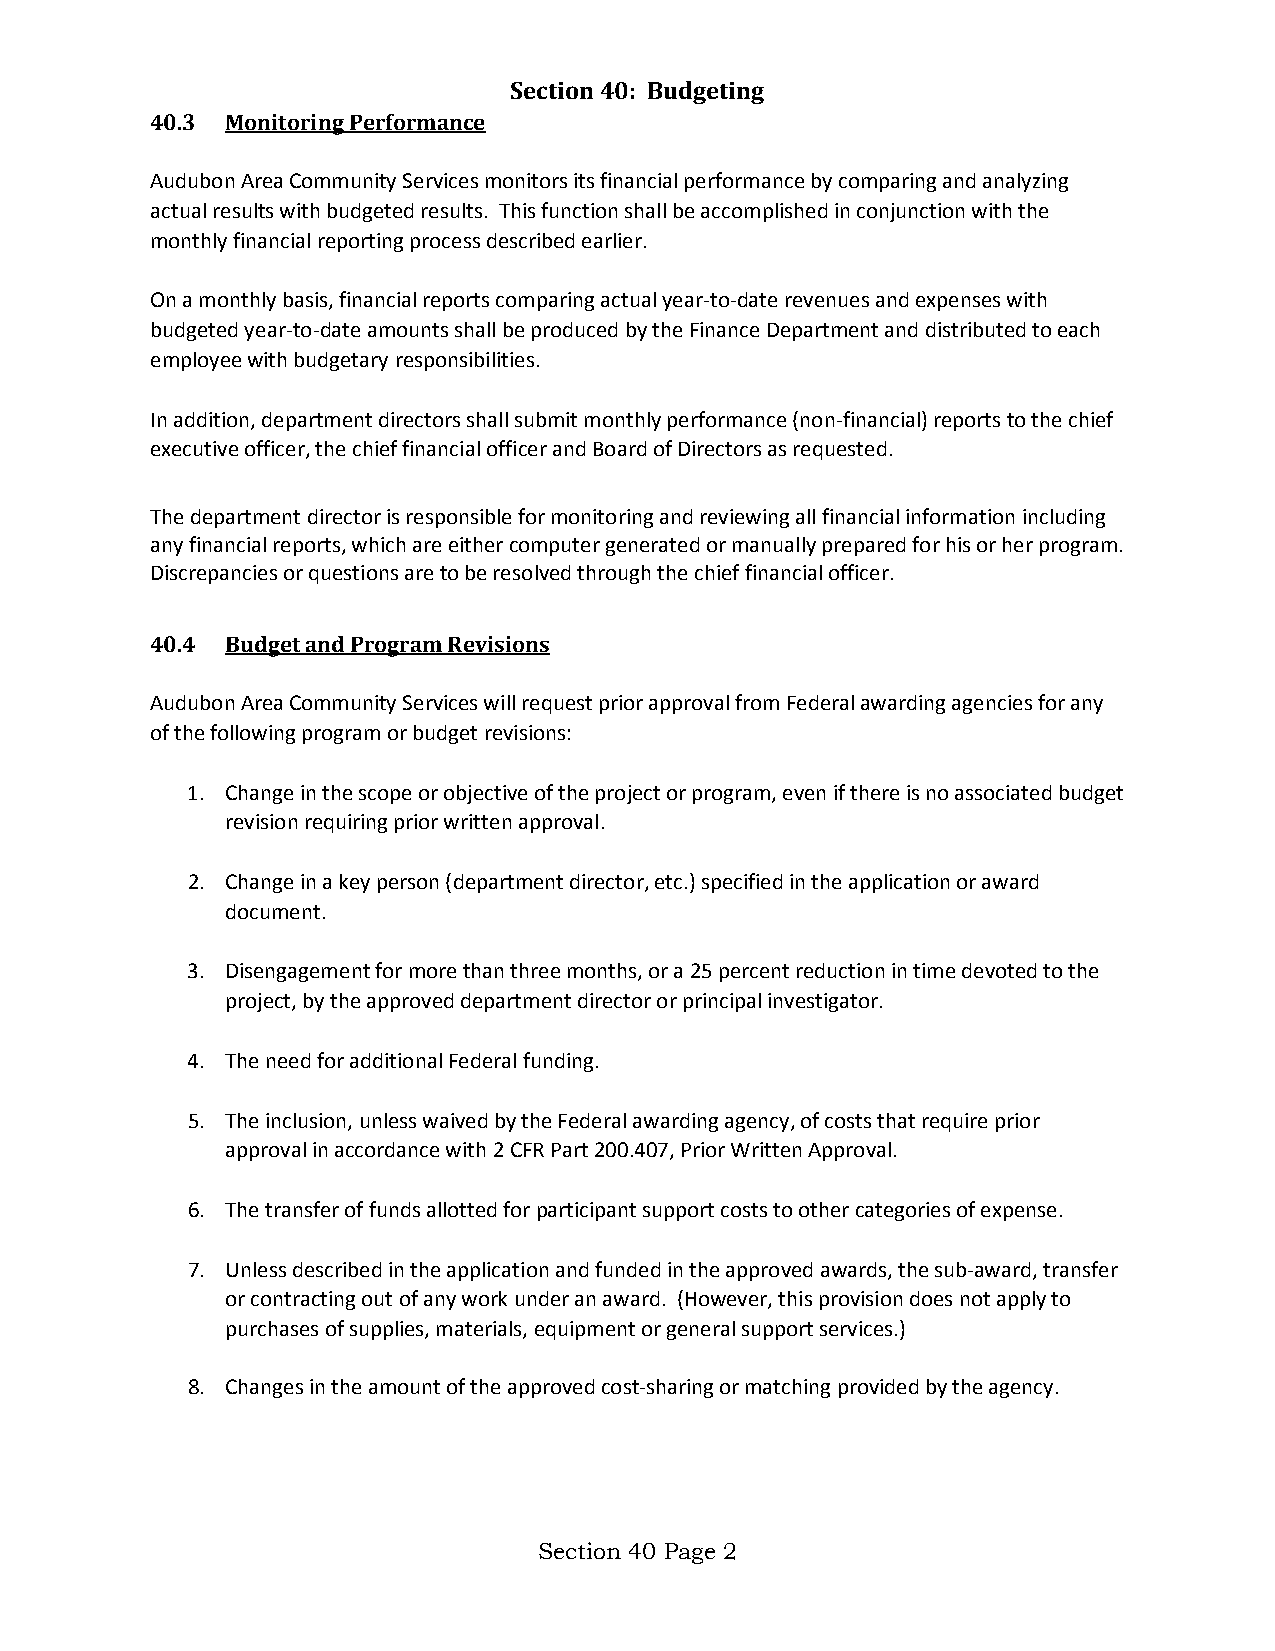
Section 40: Budgeting
 40.3 Monitoring Performance
 Audubon Area Community Services monitors its financial performance by comparing and analyzing
 actual results with budgeted results. This function shall be accomplished in conjunction with the
 monthly financial reporting process described earlier.
 On a monthly basis, financial reports comparing actual year-to-date revenues and expenses with
 budgeted year-to-date amounts shall be produced by the Finance Department and distributed to each
 employee with budgetary responsibilities.
 In addition, department directors shall submit monthly performance (non-financial) reports to the chief
 executive officer, the chief financial officer and Board of Directors as requested.
 The department director is responsible for monitoring and reviewing all financial information including
 any financial reports, which are either computer generated or manually prepared for his or her program.
 Discrepancies or questions are to be resolved through the chief financial officer.
 40.4 Budget and Program Revisions
 Audubon Area Community Services will request prior approval from Federal awarding agencies for any
 of the following program or budget revisions:
 1. Change in the scope or objective of the project or program, even if there is no associated budget
 revision requiring prior written approval.
 2. Change in a key person (department director, etc.) specified in the application or award
 document.
 3. Disengagement for more than three months, or a 25 percent reduction in time devoted to the
 project, by the approved department director or principal investigator.
 4. The need for additional Federal funding.
 5. The inclusion, unless waived by the Federal awarding agency, of costs that require prior
 approval in accordance with 2 CFR Part 200.407, Prior Written Approval.
 6. The transfer of funds allotted for participant support costs to other categories of expense.
 7. Unless described in the application and funded in the approved awards, the sub-award, transfer
 or contracting out of any work under an award. (However, this provision does not apply to
 purchases of supplies, materials, equipment or general support services.)
 8. Changes in the amount of the approved cost-sharing or matching provided by the agency.
 Section 40 Page 2